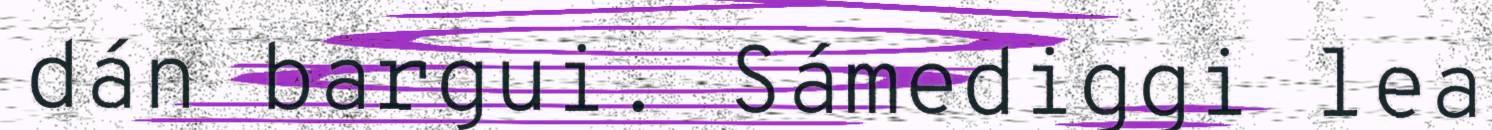
dán bargui. Sámediggi lea